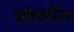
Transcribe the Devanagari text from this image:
स्कॅटरिंग